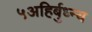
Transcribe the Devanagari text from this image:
५अहिर्बुध्न्य